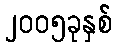
၂၀၀၅ခုနှစ်